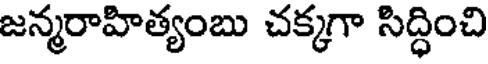
జన్మరాహిత్యంబు చక్కగా సిద్ధించి